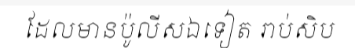
ដែលមានប៉ូលីសឯទៀត រាប់សិប